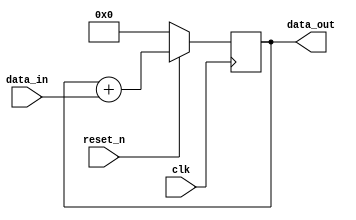
module cic_integrator #(parameter idw = 8 , odw = 9)(
  input   clk,
  input   reset_n,
  input   signed [idw-1:0] data_in,
  output  reg signed [odw-1:0] data_out
);
always @(posedge clk)
  if (!reset_n)
    data_out <= 'h0;
  else
    data_out <= data_out + data_in;
    
endmodule